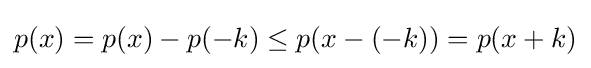
p(x)=p(x)-p(-k)\leq p(x-(-k))=p(x+k)